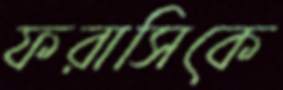
ফরাসিকে